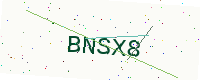
Text: BNSX8